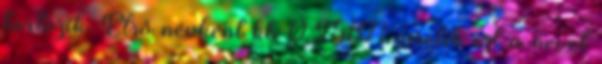
tartozik. Első névként kb 0.2587% viselik ezt a nevet